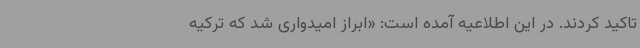
تاکید کردند. در این اطلاعیه آمده است: «ابراز امیدواری شد که ترکیه